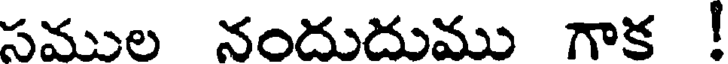
సముల నందుదుము గాక !